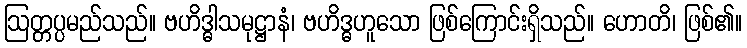
ဩတ္တပ္ပမည်သည်။ ဗဟိဒ္ဓါသမုဋ္ဌာနံ၊ ဗဟိဒ္ဓဟူသော ဖြစ်ကြောင်းရှိသည်။ ဟောတိ၊ ဖြစ်၏။